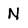
Character: N